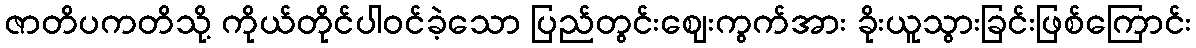
ဇာတိပကတိသို့ ကိုယ်တိုင်ပါဝင်ခဲ့သော ပြည်တွင်းဈေးကွက်အား ခိုးယူသွားခြင်းဖြစ်ကြောင်း